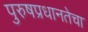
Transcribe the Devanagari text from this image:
पुरुषप्रधानतेचा